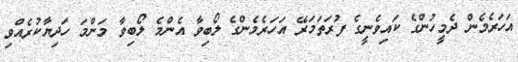
އަހަރެމެން ދެމީހުންގެ ކައިވެނީގެ ފުރަތަމަރޭ އަހަރެމެންގެ ލޯބިވާ އެންމެ ލޯބިވާ މަންމަ ހަދިޔާކުރެއްވި